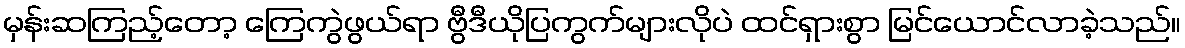
မှန်းဆကြည့်တော့ ကြေကွဲဖွယ်ရာ ဗွီဒီယိုပြကွက်များလိုပဲ ထင်ရှားစွာ မြင်ယောင်လာခဲ့သည်။